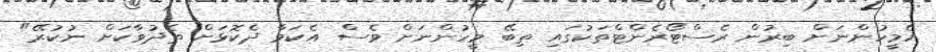
އެމީހުންނަށް ބިރުން ރެސްޓޯރެންޓްތަކުގައި ތިބޭ މީހުންނަށް ވެސް އެކަމާ ދެކޮޅަށް ތެދުވާކަށް ނުކުރޭ"